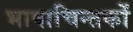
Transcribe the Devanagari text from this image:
भाषाचिन्तकों